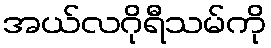
အယ်လဂိုရီသမ်ကို